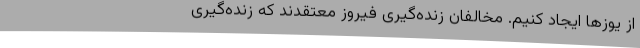
از یوزها ایجاد کنیم. مخالفان زنده‌گیری فیروز معتقدند که زنده‌گیری